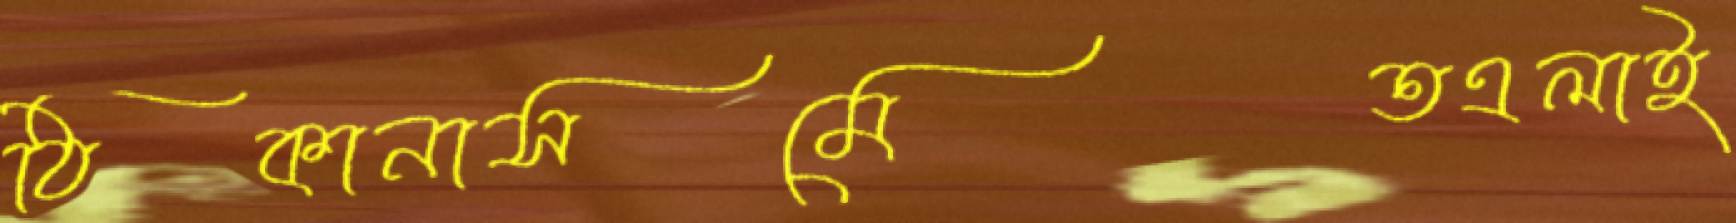
ঠিকানাসমেতএলাই